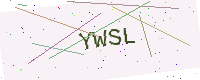
Text: YWSL